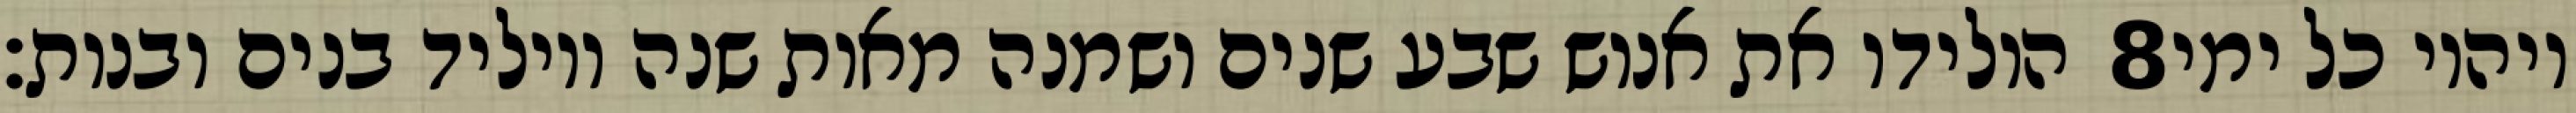
הולידו את אנוש שבע שנים ושמנה מאות שנה ויוליד בנים ובנות׃ ‎8‏ ויהיו כל ימי